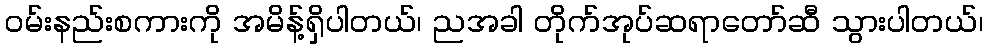
ဝမ်းနည်းစကားကို အမိန့်ရှိပါတယ်၊ ညအခါ တိုက်အုပ်ဆရာတော်ဆီ သွားပါတယ်၊